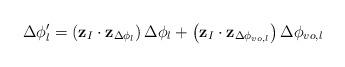
LaTeX: \begin{align*}\Delta \phi'_l = \left(\mathbf{z}_I \cdot \mathbf{z}_{\Delta \phi_l}\right) \Delta \phi_l + \left(\mathbf{z}_I \cdot \mathbf{z}_{\Delta \phi_{vo,l}}\right) \Delta {\phi_{vo,l}} \end{align*}